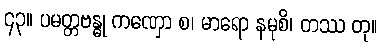
၄၃။ ပမတ္တဗန္ဓု ကဏှော စ၊ မာရော နမုစိ၊ တဿ တု။